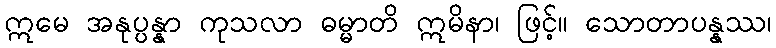
ဣမေ အနုပ္ပန္နာ ကုသလာ ဓမ္မာတိ ဣမိနာ၊ ဖြင့်။ သောတာပန္နဿ၊